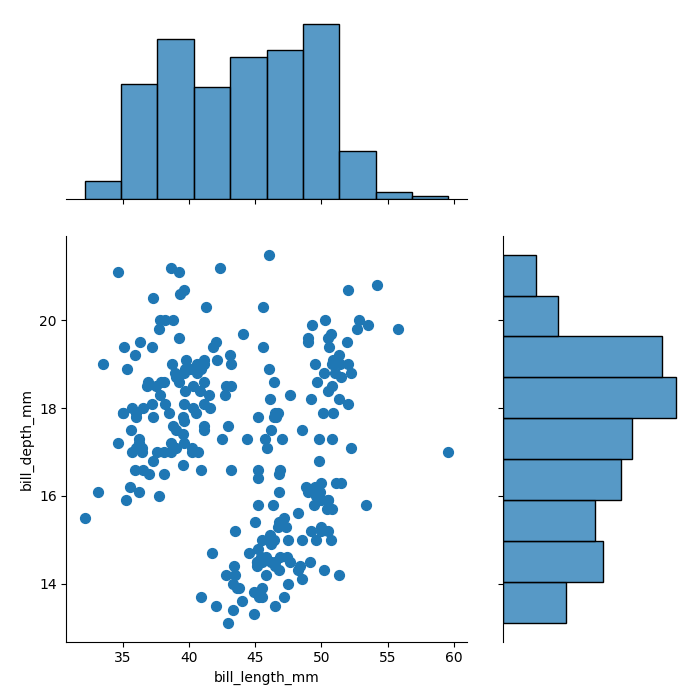
python, seaborn, jointplot, kind='scatter', height='7', ratio='2', marginal_ticks='False'